Source: Handwritten
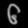
Digit: ၆ (6)